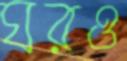
ঘরও